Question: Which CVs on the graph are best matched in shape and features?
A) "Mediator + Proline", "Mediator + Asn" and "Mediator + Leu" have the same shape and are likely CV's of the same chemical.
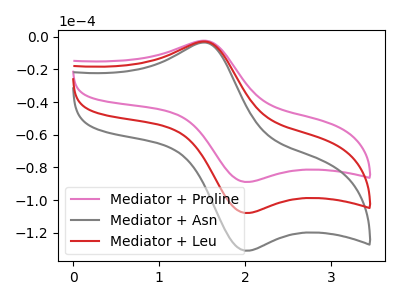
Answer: <think>The pink curve "Mediator + Proline" has an anodic peak at (1.50V, -2.40uA) and a cathodic peak at (2.00V, -88.90uA). The gray curve "Mediator + Asn" has an anodic peak at (1.50V, -5.75uA) and a cathodic peak at (2.00V, -215.85uA). The red curve "Mediator + Leu" has an anodic peak at (1.50V, -2.90uA) and a cathodic peak at (2.00V, -107.90uA).
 All the peaks in "Mediator + Proline" have a peak in "Mediator + Asn" at the same potential. All the peaks in "Mediator + Proline" have a peak in "Mediator + Leu" at the same potential. All the peaks in "Mediator + Asn" have a peak in "Mediator + Leu" at the same potential.</think>
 <answer>A) "Mediator + Proline", "Mediator + Asn" and "Mediator + Leu" have the same shape and are likely CV's of the same chemical.</answer>
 <eval>A</eval>